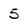
Character: 5